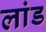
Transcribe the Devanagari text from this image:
लांड